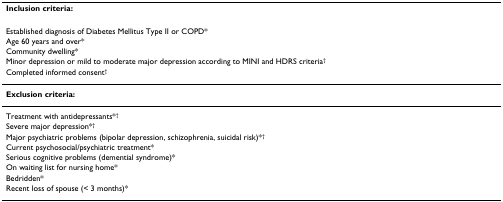
| Inclusion criteria: |
 | --- |
 | Established diagnosis of Diabetes Mellitus Type II or COPD* |
 | Age 60 years and over* |
 | Community dwelling* |
 | Minor depression or mild to moderate major depression according to MINI and HDRS criteria† |
 | Completed informed consent† |
 | Exclusion criteria: |
 | Treatment with antidepressants*† |
 | Severe major depression*† |
 | Major psychiatric problems (bipolar depression, schizophrenia, suicidal risk)*† |
 | Current psychosocial/psychiatric treatment* |
 | Serious cognitive problems (demential syndrome)* |
 | On waiting list for nursing home* |
 | Bedridden* |
 | Recent loss of spouse (< 3 months)* |